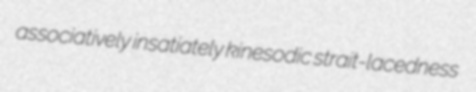
associatively insatiately kinesodic strait-lacedness